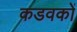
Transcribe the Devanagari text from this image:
कडवकों